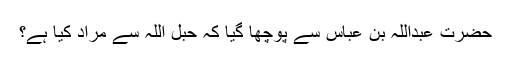
حضرت عبداللہ بن عباس سے پوچھا گیا کہ حَبْلِ اللّٰہ سے مراد کیا ہے؟